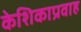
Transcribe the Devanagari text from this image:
केशिकाप्रवाह